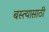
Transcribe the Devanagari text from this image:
बस्त्यासाठी